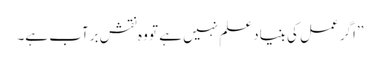
’’اگر عمل کی بنیاد علم نہیں ہے تو وہ نقش برآب ہے۔